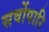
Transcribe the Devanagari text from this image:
सर्वोपारि